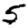
Digit: 5